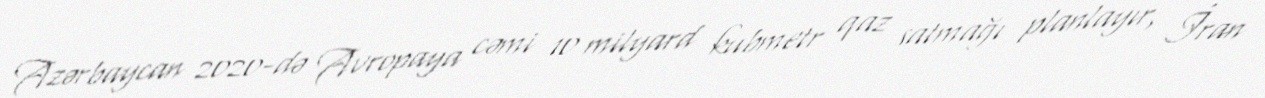
Azərbaycan 2020-də Avropaya cəmi 10 milyard kubmetr qaz satmağı planlayır, İran